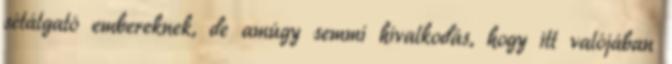
sétálgató embereknek, de amúgy semmi hivalkodás, hogy itt valójában